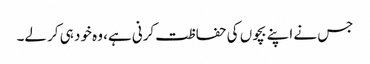
جس نے اپنے بچوں کی حفاظت کرنی ہے، وہ خود ہی کر لے۔